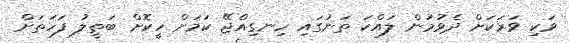
ވަކި ވަރަކަށް ދެވުމުން ލައްކަ ތަނުގައި ހިނގިއްޖޭ ކަމަށް ހީކޮށް ބަތީލު ފަހަތަށް